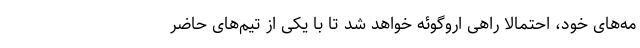
مه‌های خود، احتمالا راهی اروگوئه‌ خواهد شد تا با یکی از تیم‌های حاضر